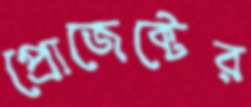
প্রোজেক্টের